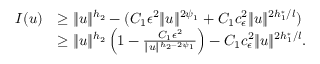
\begin{array} { r l } { I ( u ) } & { \geq \| u \| ^ { h _ { 2 } } - ( C _ { 1 } { \epsilon } ^ { 2 } \| u \| ^ { 2 \psi _ { 1 } } + C _ { 1 } c _ { \epsilon } ^ { 2 } \| u \| ^ { 2 h _ { 1 } ^ { * } / l } ) } \\ & { \geq \| u \| ^ { h _ { 2 } } \left( 1 - \frac { C _ { 1 } { \epsilon } ^ { 2 } } { \| u \| ^ { h _ { 2 } - 2 \psi _ { 1 } } } \right) - C _ { 1 } c _ { \epsilon } ^ { 2 } \| u \| ^ { 2 h _ { 1 } ^ { * } / l } . } \end{array}